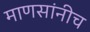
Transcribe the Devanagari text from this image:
माणसांनीच